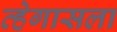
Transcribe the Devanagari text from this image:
व्हेगासला